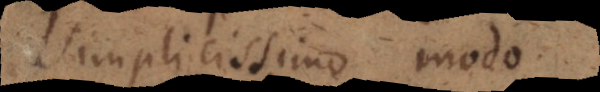
simplicissimo modo.